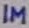
Text: 1M